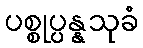
ပစ္စုပ္ပန္နသုခံ